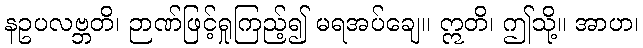
နဥပလဗ္ဘတိ၊ ဉာဏ်ဖြင့်ရှုကြည့်၍ မရအပ်ချေ။ ဣတိ၊ ဤသို့။ အာဟ၊